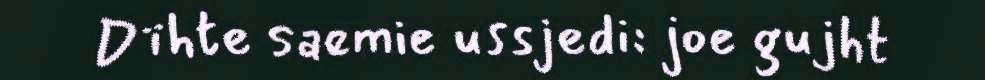
Dïhte saemie ussjedi: joe gujht